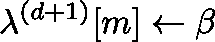
\mathbf { \lambda } ^ { ( d + 1 ) } [ m ] \gets \beta